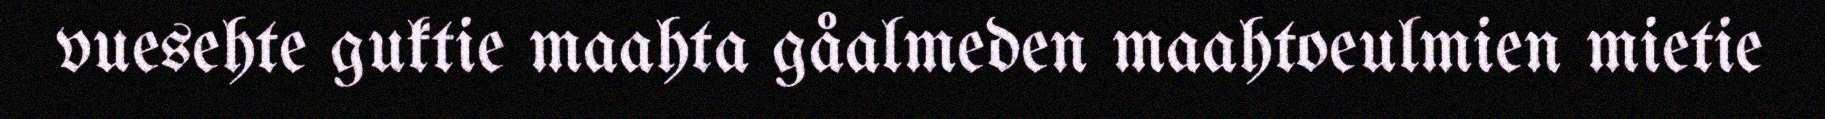
vuesehte guktie maahta gåalmeden maahtoeulmien mietie